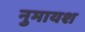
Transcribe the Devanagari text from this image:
नुमायश